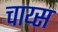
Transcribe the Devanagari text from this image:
चाय्स